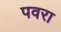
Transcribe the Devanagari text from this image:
पवरा